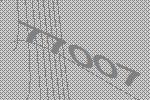
77007